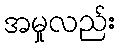
အမှုလည်း